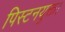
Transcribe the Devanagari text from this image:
पिस्टनयुक्त।